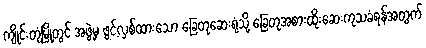
ကျိုင်းတုံမြို့တွင် အဖွဲ့မှ ဖွင့်လှစ်ထားသော ခြေတုဆေးရုံသို့ ခြေတုအစားထိုးဆေးကုသခံရန်အတွက်